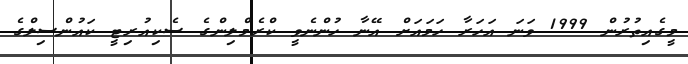
މީގެއިތުރުން 1999 ވަނަ އަހަރާ ހަމައަށް އޭނާ ހުންނެވީ ކްރެމްލިންގެ ސެކިއުރިޓީ ކައުންސިލްގެ